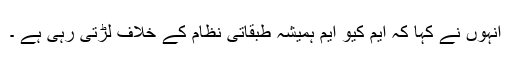
انہوں نے کہا کہ ایم کیو ایم ہمیشہ طبقاتی نظام کے خلاف لڑتی رہی ہے ۔